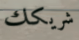
شريكك